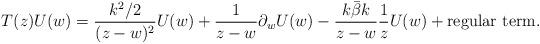
LaTeX: \begin{align*} T(z)U(w)=\frac{k^2/2}{(z-w)^2}U(w) +\frac{1}{z-w}\partial _wU(w)-\frac{k\bar{\beta }k}{z-w}\frac{1}{z}U(w) +\textrm{regular term}.\end{align*}